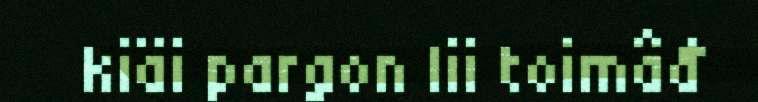
kiäi pargon lii toimâđ